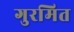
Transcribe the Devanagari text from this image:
गुरमित